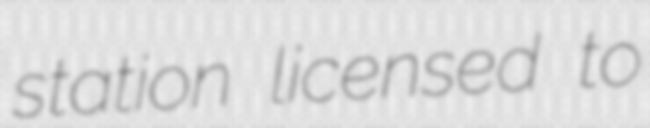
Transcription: station licensed to